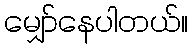
မျှော်နေပါတယ်။